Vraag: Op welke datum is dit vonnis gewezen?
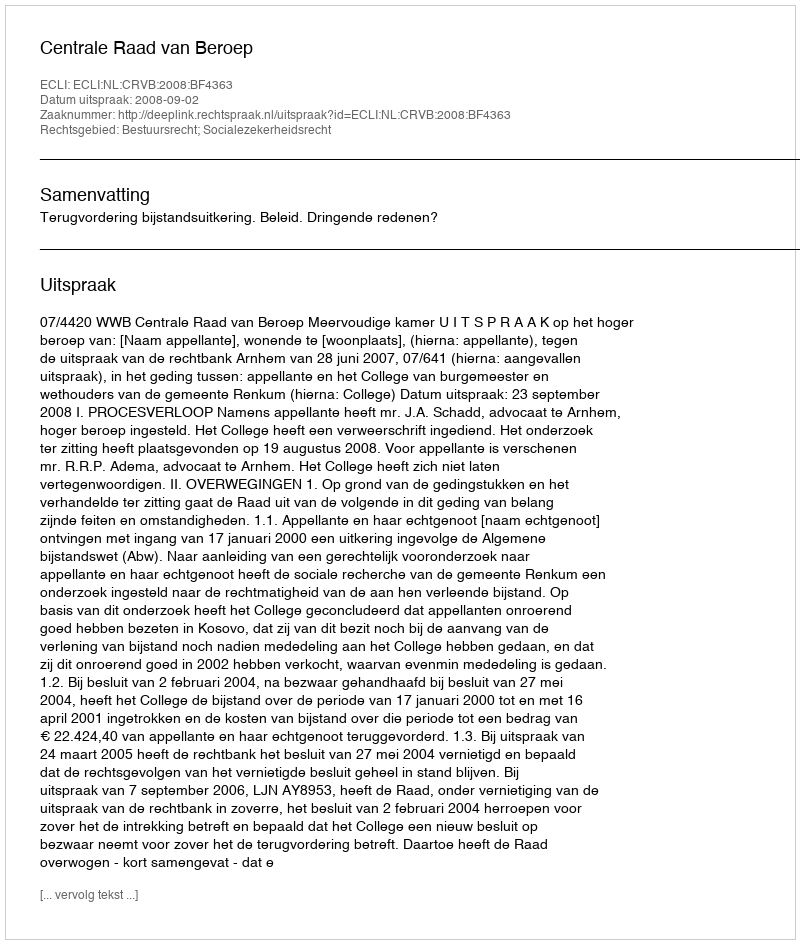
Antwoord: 2008-09-02